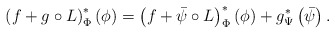
\begin{align*}\left(f+g\circ L\right)^{*}_\Phi\left(\phi\right) = \left(f+\bar{\psi}\circ L\right)^{*}_\Phi\left(\phi\right)+g^{*}_\Psi\left(\bar{\psi} \right).\end{align*}